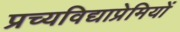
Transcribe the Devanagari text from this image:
प्रच्यविद्याप्रेमियों